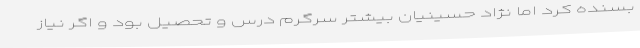
بسنده کرد اما نژاد حسینیان بیشتر سرگرم درس و تحصیل بود و اگر نیاز